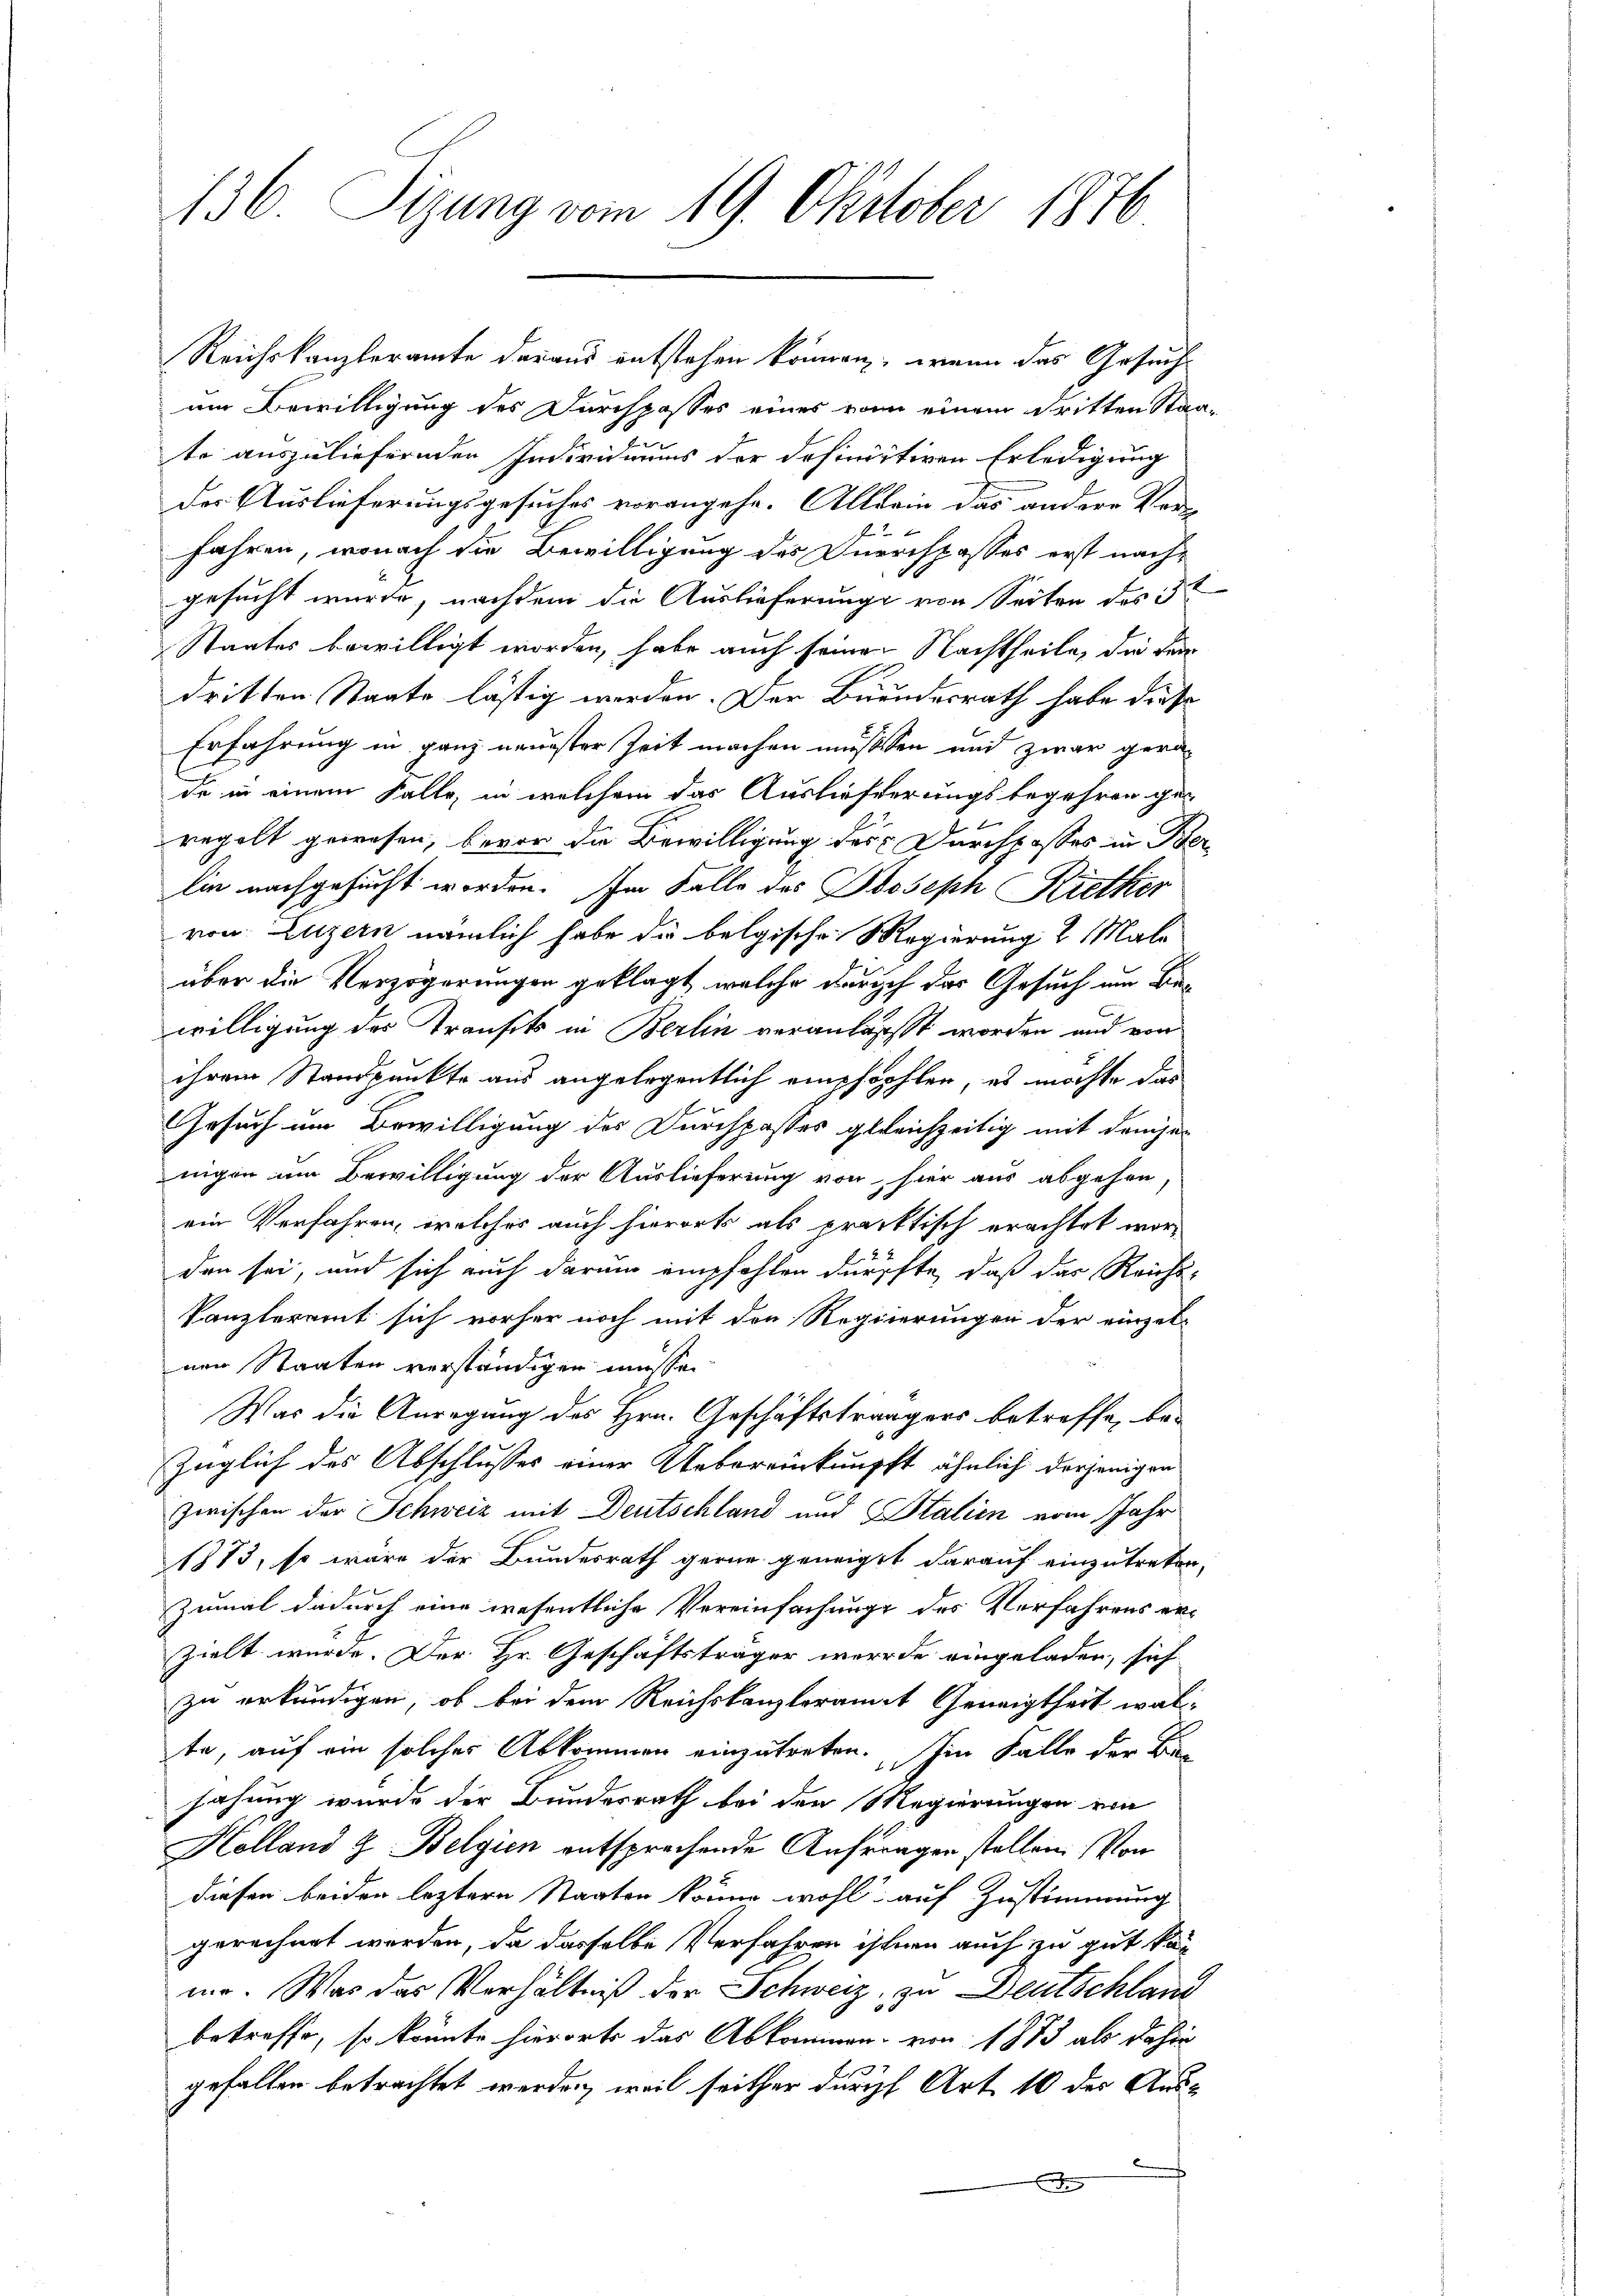
136. Sizung vom 19. Oktober 1876

Reichskanzleramte daraus entstehen können, wenn das Gesuchum Bewilligung des Durchposses eines von einem dritten Stad
te auszuliefernden Individuums der definistiren Erledigung
der Auslieferungsgesuches vorangehe. Allein das andere Vere
fahren, wonach die Bewilligung des Currispasses erst nachgesucht wurde, nachdem die Auslieferung von Seiten des 3
Staates bewilligt worden, habe auch seinen Nachtheile, die Fra
dritten Staate lästig worden. Der Bundesrath habe diese
Erfahrung in ganz neuester Zeit machen müssten und zwar gerade in einem Falle, in welchem das Auslieferungsbegehren ge-
regolt gewesen, bevor die Bewilligung des Durchpasses in Be
lin nachgesucht worden. Im Falle des Joseph Rietkir
von: Luzern nämlich habe die belgische Regierung 2 Male
über die Verzögerungen geklagt, welche durch das Gesuch um Bewilligung des Transits in Berlin veranlasst worden und von
ihrem Standpunkte aus angelegentlich empfohlen, es möchte das
Gesuch um Bewilligung des Durchpasses geleichzeitig mit denjen
nigen im Bewilligung der Auslieferung von hier aus abgehen,
ein Verfahren, welches auch hierort als praktisch erachtet worden sei, und sich auch darum empfehlen dürfte, daß das Reichs-
kanzleramt sich vorher noch mit den Regierungen der einzel-
nen Staaten verständigen müsse.
Was die Anregung des Hrn. Geschäftsträgers betreffe, be-
züglich des Abschlusses einer Uebereinknüpft ähnlich derjenigen
zwischen der Schweiz mit Deutschland und Stalien vom Jahr
1873, so wäre der Bundesrath gerne geneigt darauf einzutreten,
zumal dadurch eine wesentliche Vereinfachung des Verfahrens erzielt wurde. Der Hr. Geschäftsträger wurde eingeladen, sich
zu erkundigen, ob bei dem Reichskanzleramt Geneigtheit walte, auf ein solches Abkommen einzutreten. Im Falle der Ber
sahung wurde der Bundesrath bei der Regierungen von
Kolland & Belgien entsprechende Anfragen stellen. Von
diesen beiden leztere Staaten könne wohl auf Zustimmung
gerechnet werden, da dasselbe Verfahren ihnen auch zu gut kan
m. Was das Verhältniß der Schweiz, zu Deutschlani
betreffe, so könnte hierorts das Abkommen von 1873 als dahin
gefallen betrachtet werden, weil seither durch Art 10 der Aus¬
E

22.